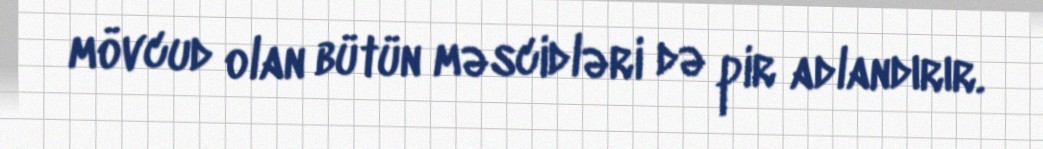
mövcud olan bütün məscidləri də pir adlandırır.